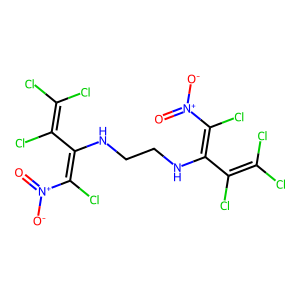
SMILES: O=[N+]([O-])C(Cl)=C(NCCNC(C(Cl)=C(Cl)Cl)=C(Cl)[N+](=O)[O-])C(Cl)=C(Cl)Cl
Inhibits HIV replication: No